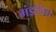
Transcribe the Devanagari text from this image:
मंडलित